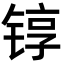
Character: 𬭚